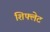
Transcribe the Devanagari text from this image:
शिफ्लेट